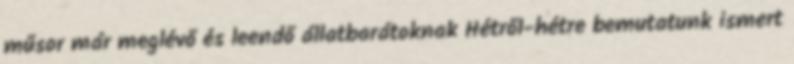
műsor már meglévő és leendő állatbarátoknak Hétről-hétre bemutatunk ismert